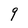
Character: 9